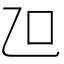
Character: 𠮞